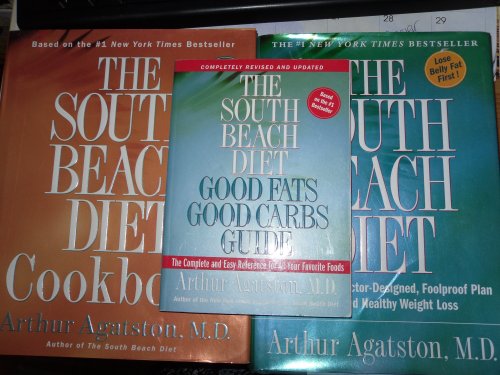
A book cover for Arthor Agatston (2 books) South Beach Diet & South Beach Diet Cookbook 2004; M.D. Arthur Agatston; Health, Fitness & Dieting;